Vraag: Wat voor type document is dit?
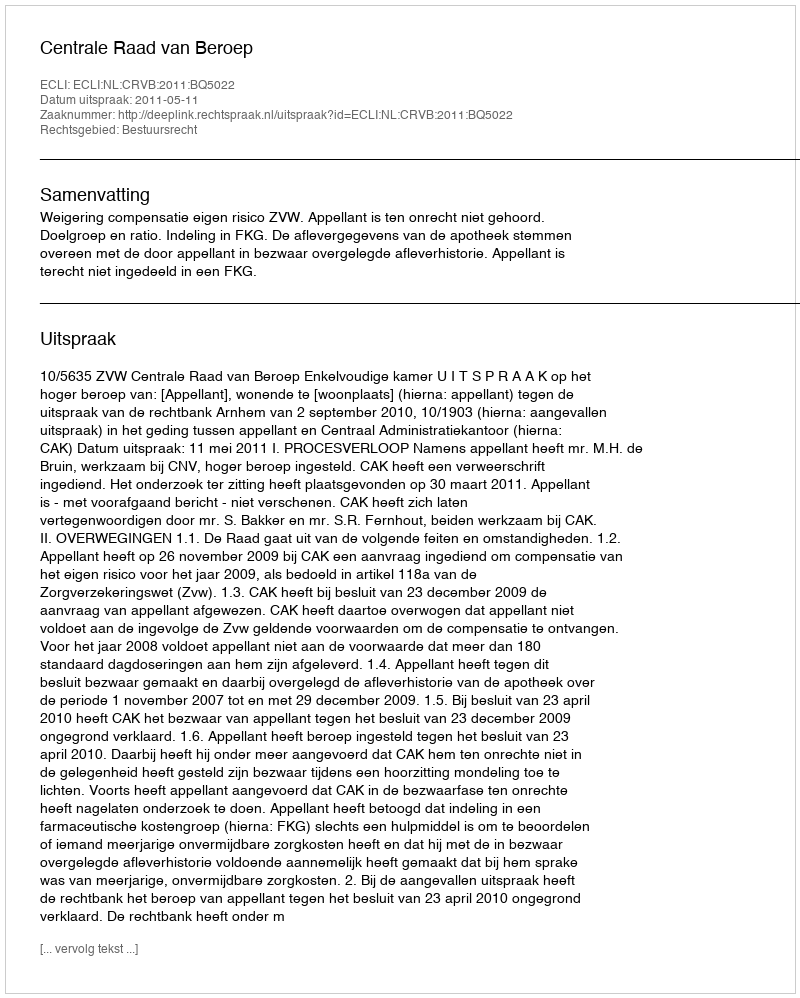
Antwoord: Uitspraak